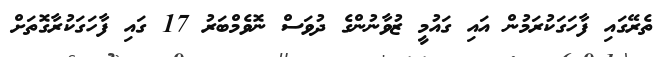
ތެރޭގައި ފާހަގަކުރަމުން އައި ގައުމީ ޒުވާނުންގެ ދުވަސް ނޮވެމްބަރު 17 ގައި ފާހަގަކުރާގޮތަށް